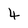
Character: 4